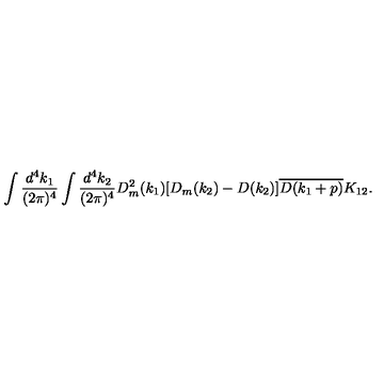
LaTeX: \begin{array} { c } { \displaystyle \int \frac { d ^ { 4 } k _ { 1 } } { ( 2 \pi ) ^ { 4 } } \int \frac { d ^ { 4 } k _ { 2 } } { ( 2 \pi ) ^ { 4 } } D _ { m } ^ { 2 } ( k _ { 1 } ) [ D _ { m } ( k _ { 2 } ) - D ( k _ { 2 } ) ] \overline { { D ( k _ { 1 } + p ) } } K _ { 1 2 } . } \\ \end{array}